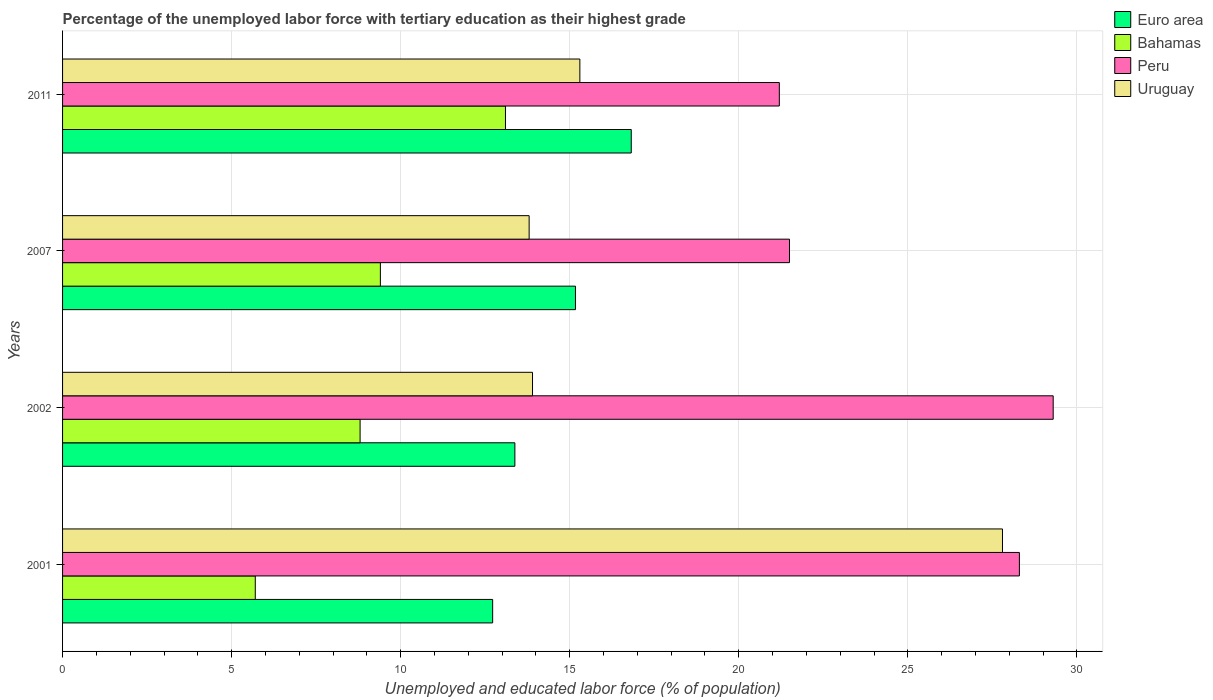
| Years | Euro area | Bahamas | Peru | Uruguay |
 | --- | --- | --- | --- | --- |
 | 2001 | 12.7 | 5.7 | 28.3 | 27.8 |
 | 2002 | 13.4 | 8.8 | 29.3 | 13.9 |
 | 2007 | 15.2 | 9.4 | 21.5 | 13.8 |
 | 2011 | 16.8 | 13.1 | 21.2 | 15.3 |